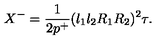
X ^ { - } = \frac { 1 } { 2 p ^ { + } } ( l _ { 1 } l _ { 2 } R _ { 1 } R _ { 2 } ) ^ { 2 } \tau .